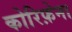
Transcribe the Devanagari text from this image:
कोरिफ़ेना